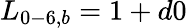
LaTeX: {L_{0-6,b}}=1+d0